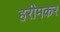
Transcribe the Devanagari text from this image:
हरीमकर